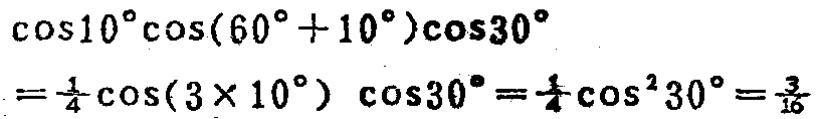
\[\cos10^{\circ}\cos(60^{\circ} + 10^{\circ})\cos30^{\circ}=\frac{1}{4}\cos(3\times10^{\circ})\cos30^{\circ}=\frac{1}{4}\cos^{2}30^{\circ}=\frac{3}{16}\]